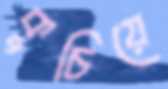
কুচিয়ে